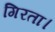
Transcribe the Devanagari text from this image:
गिरता।